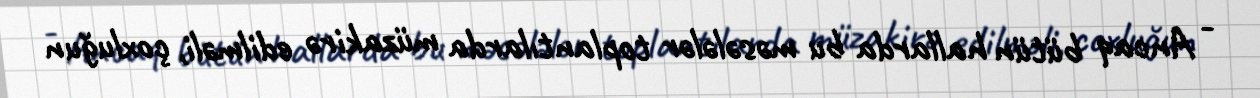
- Ancaq bütün hallarda bu məsələlər toplantılarda müzakirə edilməli, çoxluğun